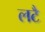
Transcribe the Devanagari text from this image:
लटै